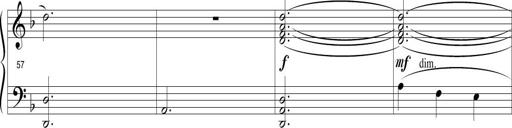
Title: Sonatina in D minor
Composer: Paul Csige
Key: D minor